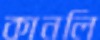
কানলি